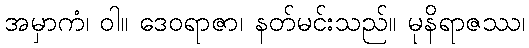
အမှာကံ၊ ဝါ။ ဒေဝရာဇာ၊ နတ်မင်းသည်။ မုနိရာဇဿ၊